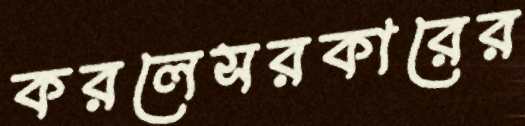
করলেসরকারের